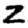
Digit: 2